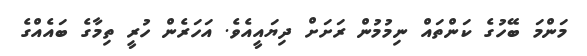
މަންމަ ބޭހުގެ ކަންތައް ނިމުމުން ރަށަށް ދިޔައީއެވެ. އަހަރެން ހުރީ ތިމާގެ ބައެއްގެ